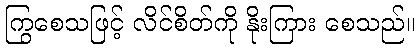
ကြွစေသဖြင့် လိင်စိတ်ကို နိုးကြား စေသည်။